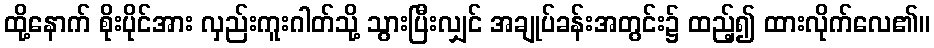
ထို့နောက် စိုးပိုင်အား လှည်းကူးဂါတ်သို့ သွားပြီးလျှင် အချုပ်ခန်းအတွင်း၌ ထည့်၍ ထားလိုက်လေ၏။